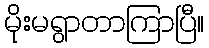
မိုးမရွာတာကြာပြီ။